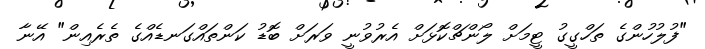
"ފުލުހުންގެ ތަހްގީގު ޓީމަށް ލޯންޗްކޮޅަށް އެރުވުނީ ވަރަށް ބޮޑު ކަންތައްގަނޑެއްގެ ތެރެއިން" އޭނާ